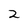
Character: 2